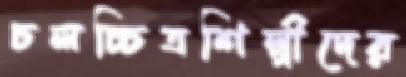
চলচ্চিত্রশিল্পীদের